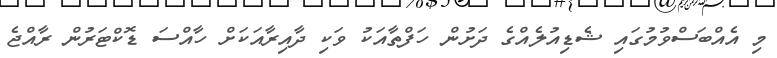
މި އެއްބަސްވުމުގައި ޝެޑިއުލެއްގެ ދަށުން ހަފްތާއަކު ވަކި ދާއިރާއަކަށް ހާއްސަ ޑޮކްޓަރުން ރާއްޖެ